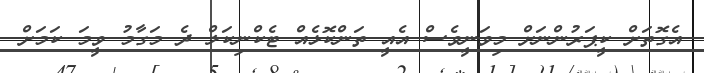
އެގޮތަށް ކީޕަރުންނަށް މިވަނީވެސް އެއީ ތަންކޮޅެއް ޓެކްނިކަލް ދެ މަގާމު ވީމަ ކަމަށް